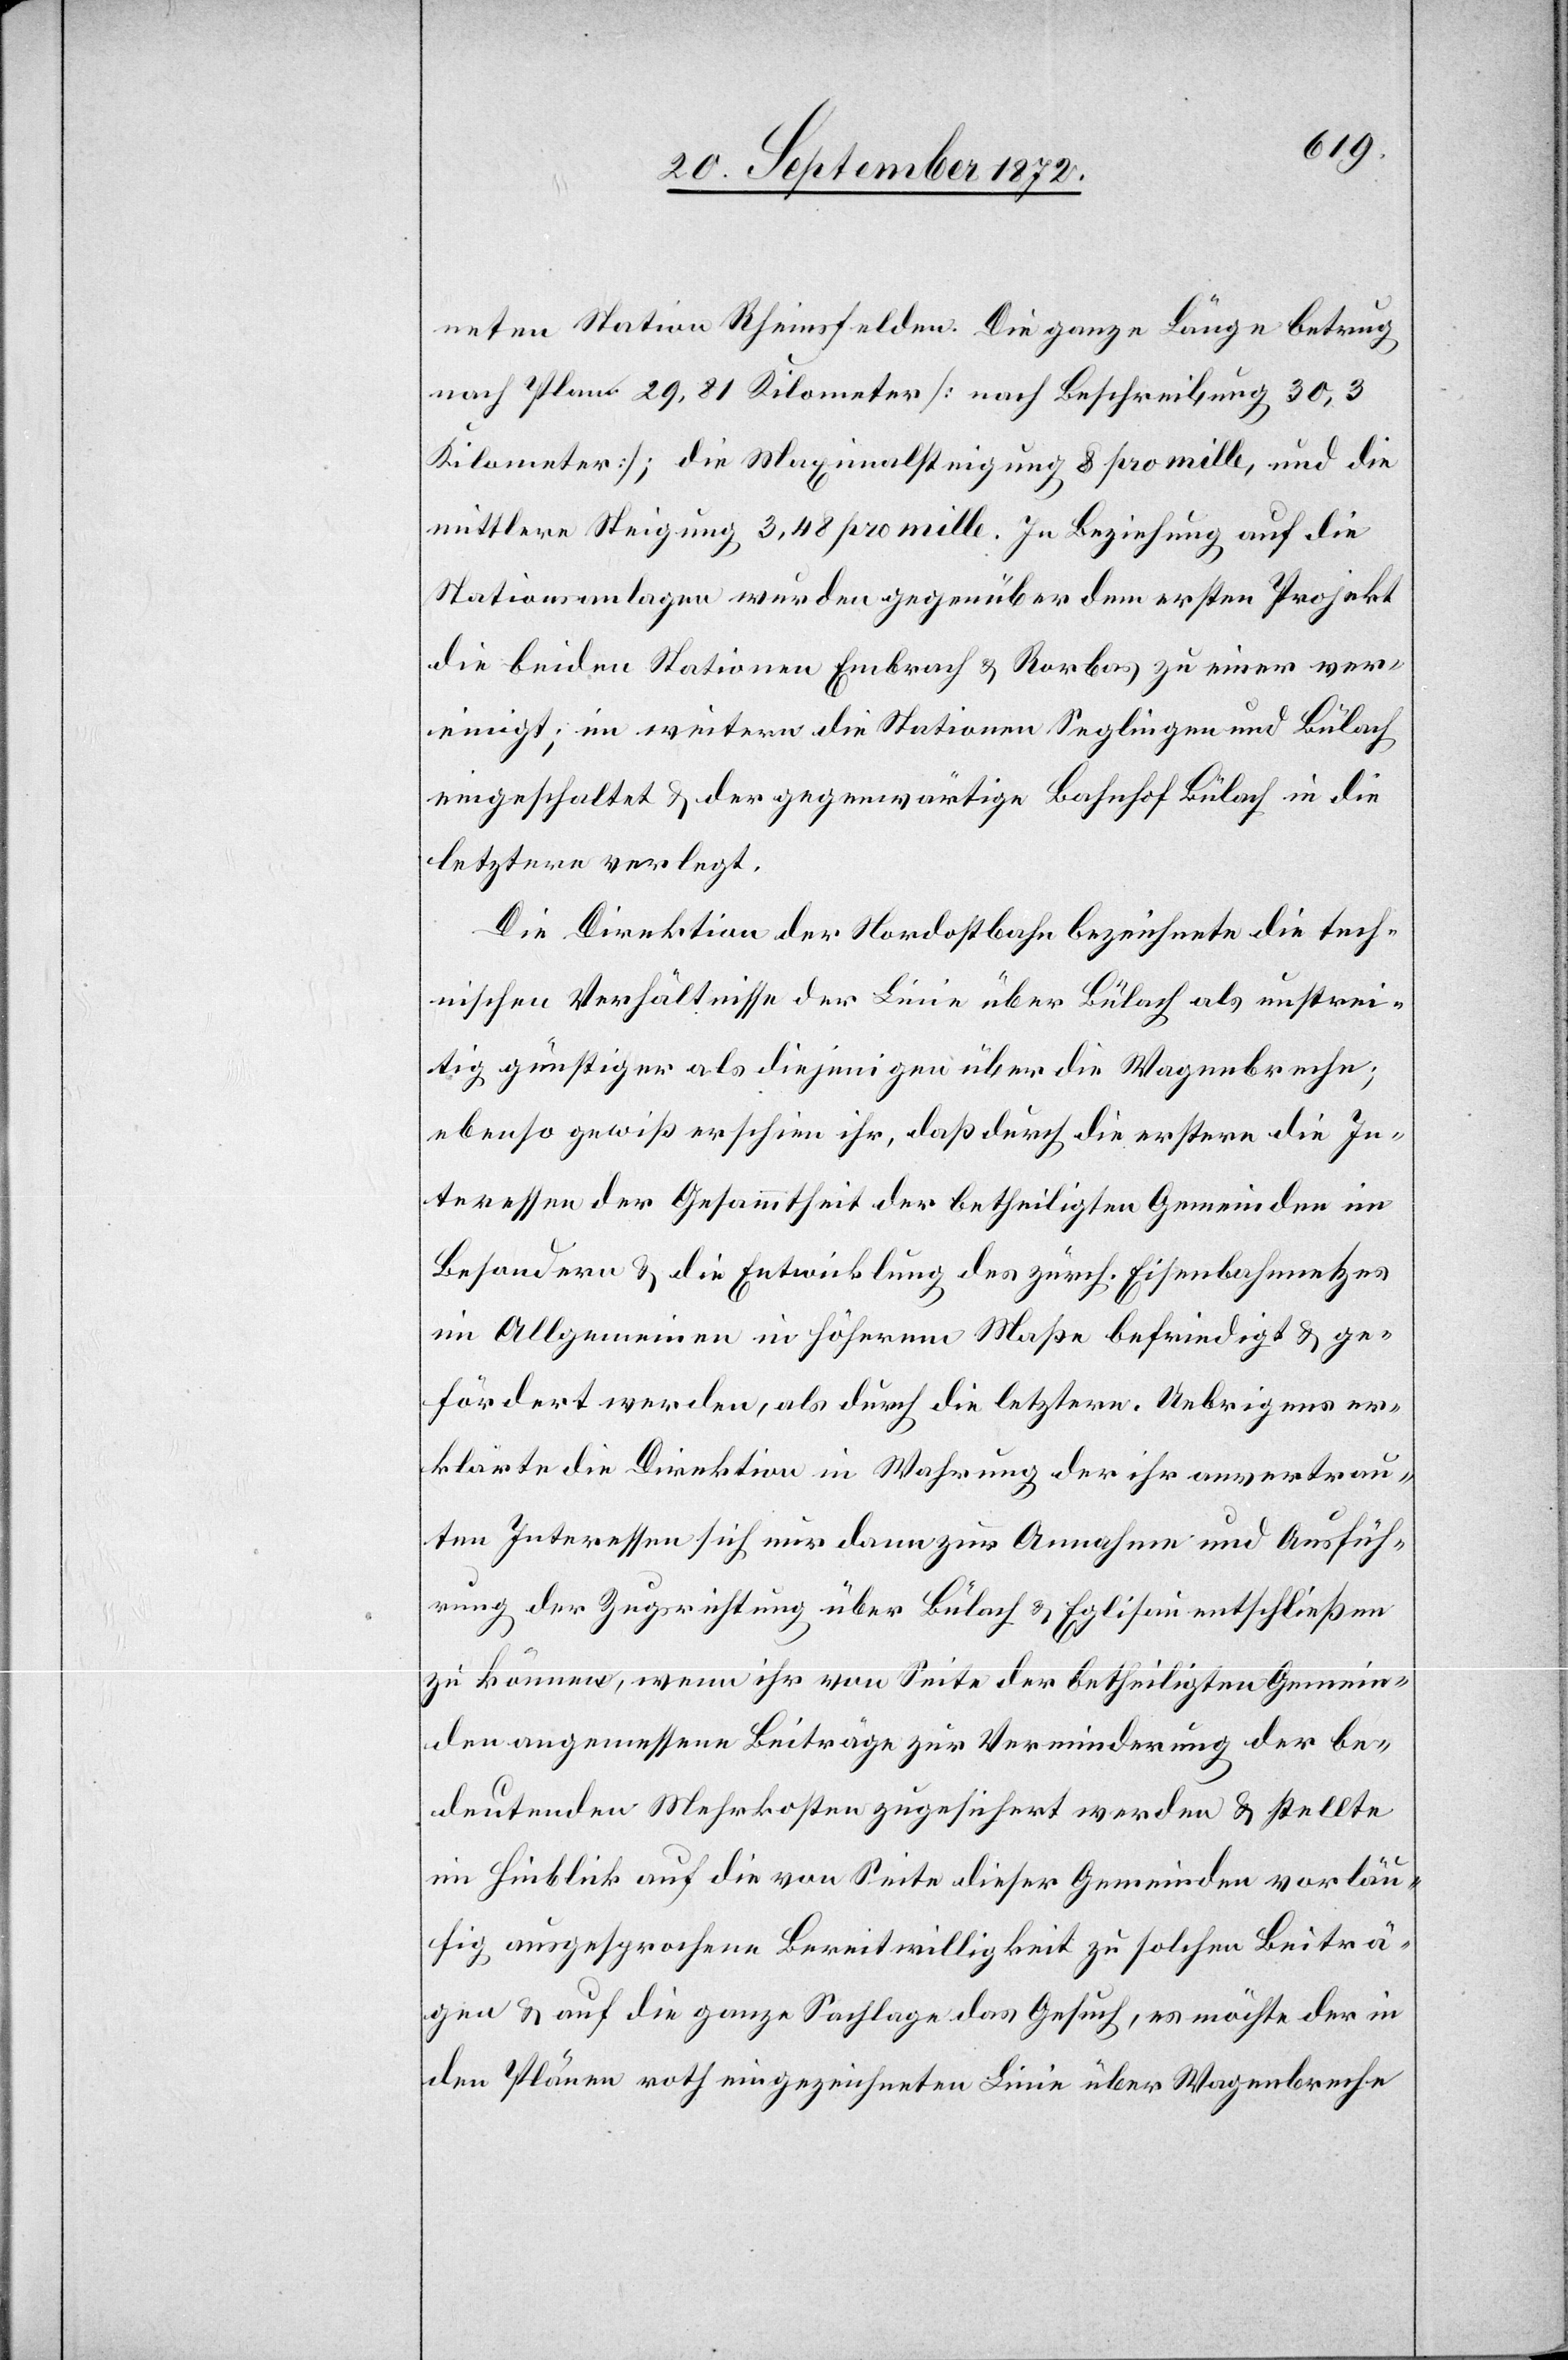
neten Station Rheinsfelden. Die ganze Länge betrug
nach Plan 29,81 Kilometer [nach Beschreibung 30,3
Kilometer]; die Maximalsteigung 8 pro mille, und die
mittlere Steigung 3,48 pro mille. In Beziehung auf die
Stationsanlagen wurden gegenüber dem ersten Projekt
die beiden Stationen Embrach u. Rorbas zu einer ver¬
einigt; im weitern die Stationen Seglingen und Bülach
eingeschaltet u. der gegenwärtige Bahnhof Bülach in die
letztere verlegt.
Die Direktion der Nordostbahn bezeichnete die tech¬
nischen Verhältnisse der Linie über Bülach als unstrei¬
tig günstiger als diejenigen über die Wagenbreche;
ebenso gewiß erschien ihr, daß durch die erstere die In¬
teressen der Gesammtheit der betheiligten Gemeinden im
Besondern u. die Entwicklung des zürch. Eisenbahnnetzes
im Allgemeinen in höherem Maße befriedigt u. ge¬
fördert werden, als durch die letztere. Uebrigens er¬
klärte die Direktion in Wahrung der ihr anvertrau¬
ten Interessen sich nur dann zur Annahme und Ausfüh¬
rung der Zugsrichtung über Bülach u. Eglisau entschließen
zu können, wenn ihr von Seite der betheiligten Gemein¬
den angemessene Beiträge zur Verminderung der be¬
deutenden Mehrkosten zugesichert werden u. stellte
im Hinblick auf die von Seite dieser Gemeinden vorläu¬
fig ausgesprochene Bereitwilligkeit zu solchen Beiträ¬
gen u. auf die ganze Sachlage das Gesuch, es möchte der in
den Plänen roth eingezeichneten Linie über Wagenbreche